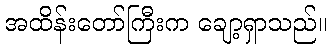
အထိန်းတော်ကြီးက ချော့ရှာသည်။